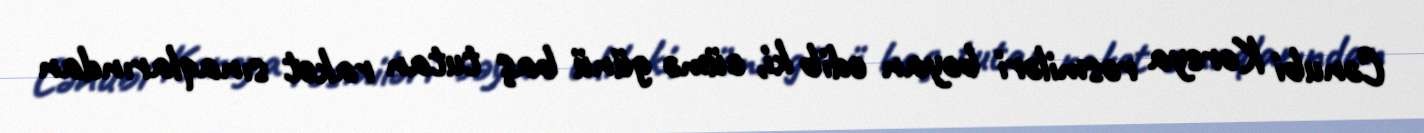
Cənubi Koreya rəsmiləri bəyan edib ki, cümə günü baş tutan raket sınaqlarından